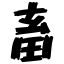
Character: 畜